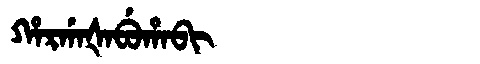
Manchu: ᡥᠠᡵᡤᠠᡧᠠᠪᡠᡥᠠᠪᡳ
Romanization: HARGAŠABUHABI